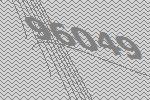
96049